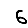
Digit: 6